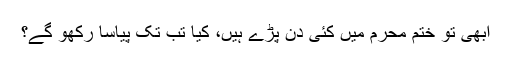
ابھی تو ختمِ محرم میں کئی دن پڑے ہیں، کیا تب تک پیاسا رکھو گے؟